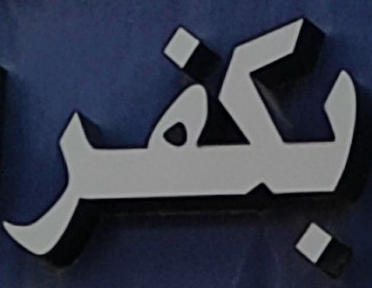
بكفر